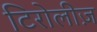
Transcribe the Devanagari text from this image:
टिरोलीज़